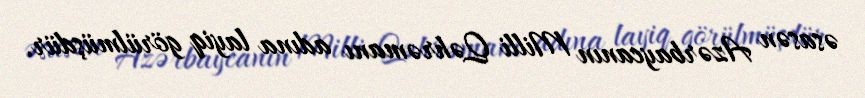
əsasən Azərbaycanın Milli Qəhrəmanı adına layiq görülmüşdür.